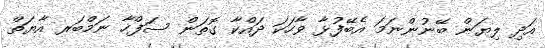
އަދި ލިޔަން ބޭނުންނަމަ އެބޭފުޅާ ވާހަކަ ދައްކާ ގޮތަން ސަފްހާ ނަމްބަރ އާޔަތް